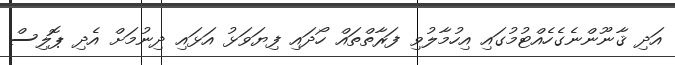
އަދި ޤާނޫންނެގެހެއްޓުމުގައި އިހުމާލުވި ފަރާތްތައް ހޯދައި ފިޔަވަޅު އަޅައި ދިނުމަށް އެދި ޕޮލިސް